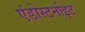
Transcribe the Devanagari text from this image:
एंडोस्टर्नाइट